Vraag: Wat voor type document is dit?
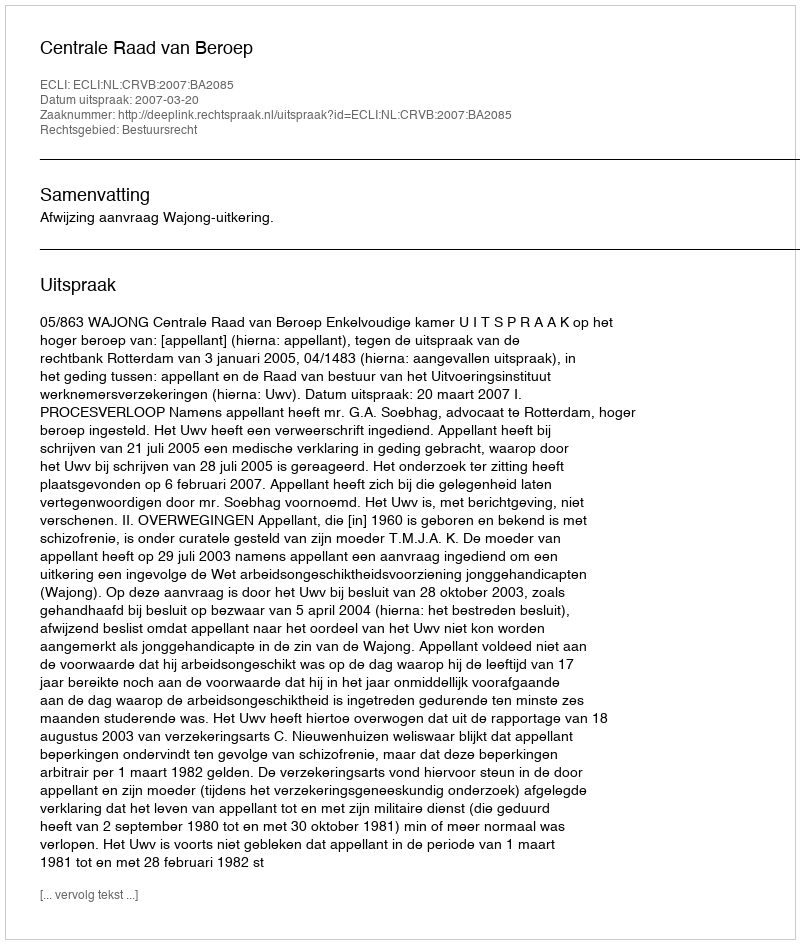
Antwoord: Uitspraak